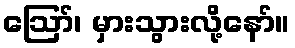
ဪ၊ မှားသွားလို့နော်။